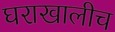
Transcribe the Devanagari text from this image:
घराखालीच